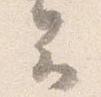
云